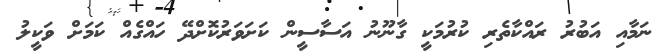
ނަމާއި އަބުރު ރައްކާތެރި ކުރުމަކީ ގާނޫނު އަސާސީން ކަށަވަރުކޮށްދޭ ހައްގެއް ކަމަށް ވަކީލު